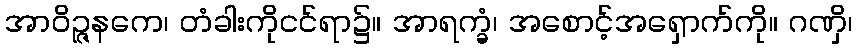
အာဝိဉ္ဇနကေ၊ တံခါးကိုငင်ရာ၌။ အာရက္ခံ၊ အစောင့်အရှောက်ကို။ ဂဏှိ၊